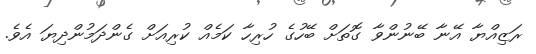
ރަޒިއްޔާ އޭނާ ބޭނުންވާ ގޮތަށް ބޭހުގެ ހުރިހާ ކަމެއް ކުރިއަށް ގެންދަމުންދިޔަ އެވެ.